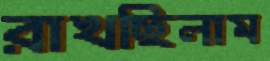
রাখছিলাম